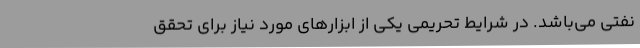
نفتی می‌باشد. در شرایط تحریمی یکی از ابزارهای مورد نیاز برای تحقق